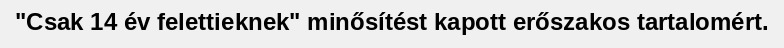
"Csak 14 év felettieknek" minősítést kapott erőszakos tartalomért.